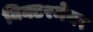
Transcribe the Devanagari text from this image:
विक्टरमेयर